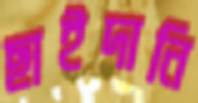
ছাইদানি